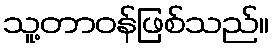
သူ့တာဝန်ဖြစ်သည်။